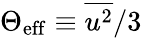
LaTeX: \Theta_{\mathrm{eff}}\equiv\overline{{u^{2}}}/3